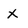
Character: x